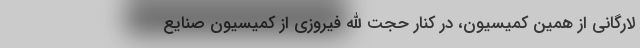
لارگانی از همین کمیسیون، در کنار حجت الله فیروزی از کمیسیون صنایع